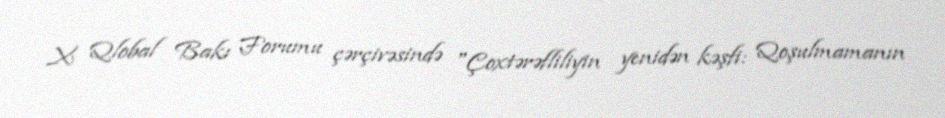
X Qlobal Bakı Forumu çərçivəsində "Çoxtərəfliliyin yenidən kəşfi: Qoşulmamanın